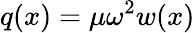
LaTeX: q(x)=\mu\omega^{2}w(x)